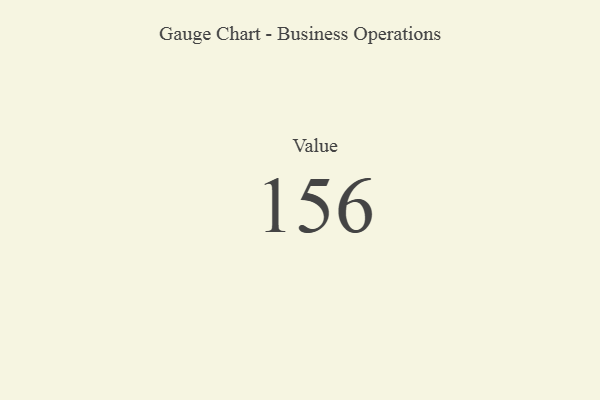
{"axis": {"x": "Metric", "y": "Value"}, "legend": [""], "data": [{"x": "Value", "y": 156, "type": ""}]}